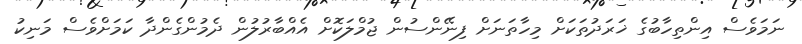
ނަމަވެސް އިންތިހާބުގެ ޚަރަދުތަކަށް މިހާތަނަށް ފިނޭންސުން ޖުމްލަކޮށް އެއްބާރުލުން ދެމުންގެންދާ ކަމަށްވެސް މަނިކު